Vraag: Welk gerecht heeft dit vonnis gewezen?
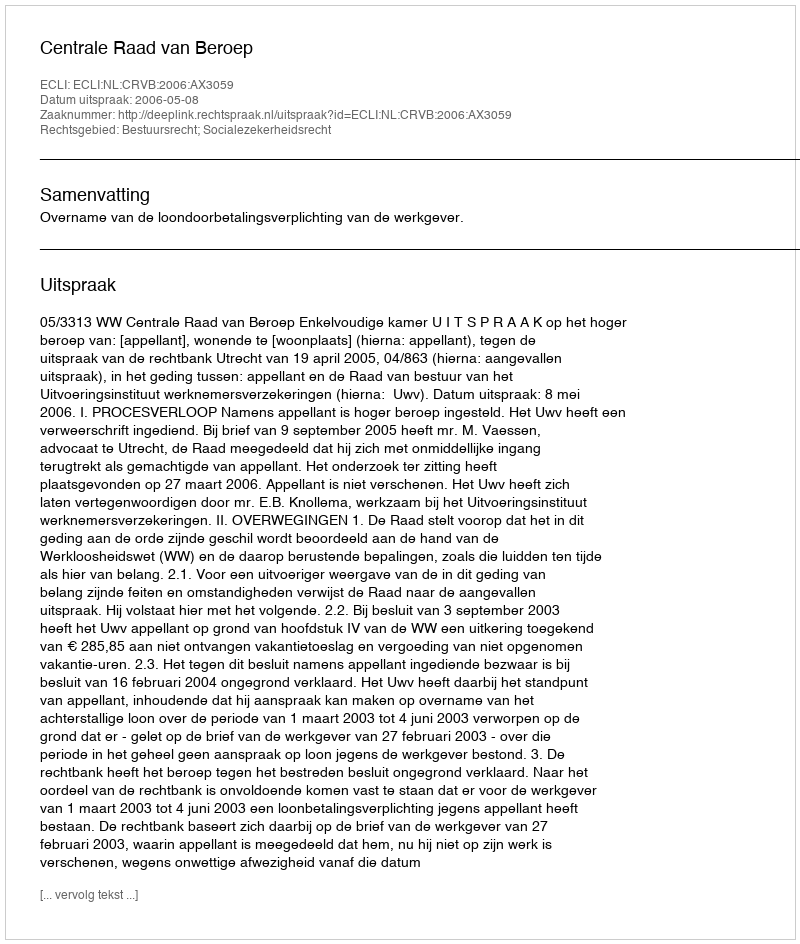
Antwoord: Centrale Raad van Beroep